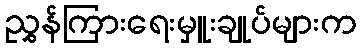
ညွှန်ကြားရေးမှူးချုပ်များက